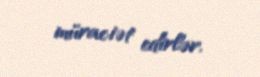
müraciət edirlər.